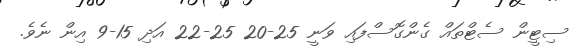
ސިޓީން ސެޓްތައް ގެންގޮސްފައި ވަނީ 25-20 25-22 އަދި 15-9 އިން ނެވެ.